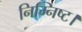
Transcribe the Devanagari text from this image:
निम्निष्ट।